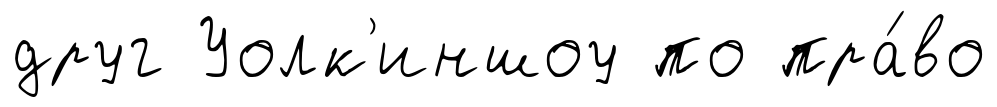
друг Уолк'иншоу по пра́во